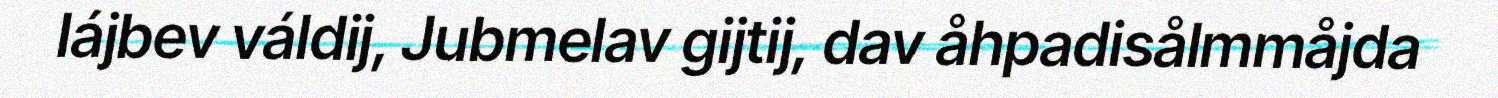
lájbev váldij, Jubmelav gijtij, dav åhpadisålmmåjda